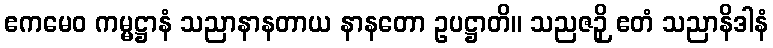
ဧကမေဝ ကမ္မဋ္ဌာနံ သညာနာနတာယ နာနတော ဥပဋ္ဌာတိ။ သညဇဉှိ ဧတံ သညာနိဒါနံ